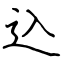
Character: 込